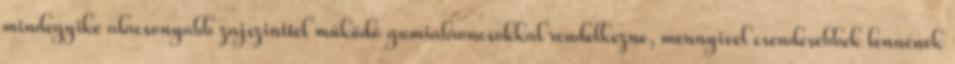
mindegyike alacsonyabb zajszinttel működő gumiabroncsokkal rendelkezne, mennyivel csendesebbek lennének